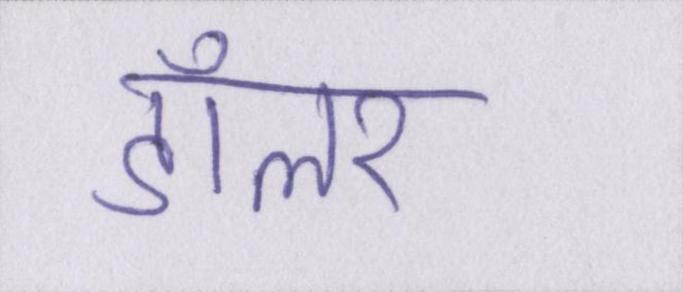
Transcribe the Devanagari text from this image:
डॉलर